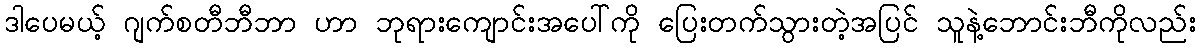
ဒါပေမယ့် ဂျက်စတီဘီဘာ ဟာ ဘုရားကျောင်းအပေါ်ကို ပြေးတက်သွားတဲ့အပြင် သူနဲ့ဘောင်းဘီကိုလည်း